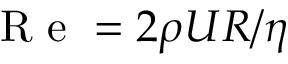
\mathrm { ~ R ~ e ~ } = 2 \rho U R / \eta